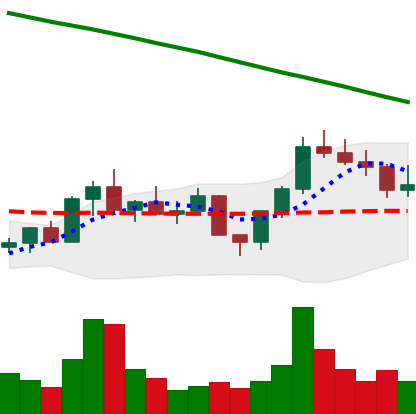
Ticker: LINK-USD
Chart end date: 2022-08-03
Forward return: 18.659%
Label: up_7plus